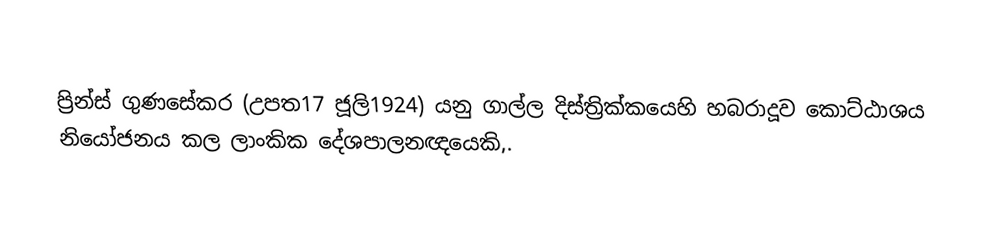
ප්‍රින්ස් ගුණසේකර (උපත17 ජූලි1924) යනු ගාල්ල දිස්ත්‍රික්කයෙහි හබරාදූව කොට්ඨාශය නියෝජනය කල ලාංකික දේශපාලනඥයෙකි,.